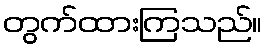
တွက်ထားကြသည်။